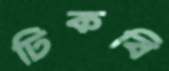
ঢিকবি